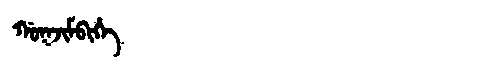
Manchu: ᡤᠣᡴᠵᡳᠮᠪᡳᡥᡝ
Romanization: GOKJIMBIHE